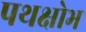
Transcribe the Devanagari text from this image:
पथक्षोभ